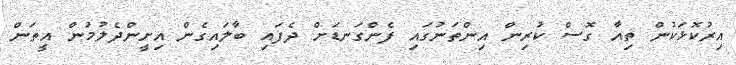
އިރުކޮޅަކުން ތިއާ ގޮސް ކުރިން އިންތަނުގައި ފެންގަނޑަށް ދެފައި ބާލައިގެން އިށީންދެލުމުން އީތަން